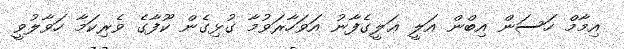
އިމާމް ހަސަން އިބްން އަލީ ޢަލީގެފާނު އަވަހާރަވުމާ ގުޅިގެން ކޫފާގެ ވެރިކަމާ ހަވާލުވީ